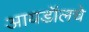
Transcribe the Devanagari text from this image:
आयडॉलचे